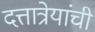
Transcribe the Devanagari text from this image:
दत्तात्रेयांची